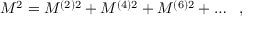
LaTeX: M ^ { 2 } = M ^ { ( 2 ) 2 } + M ^ { ( 4 ) 2 } + M ^ { ( 6 ) 2 } + \dots \ \ ,